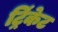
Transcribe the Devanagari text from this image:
ट्रिंकेट